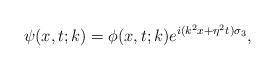
LaTeX: \begin{align*}\psi(x,t;k)=\phi(x,t;k)e^{i(k^2x+\eta^2t)\sigma_3},\end{align*}